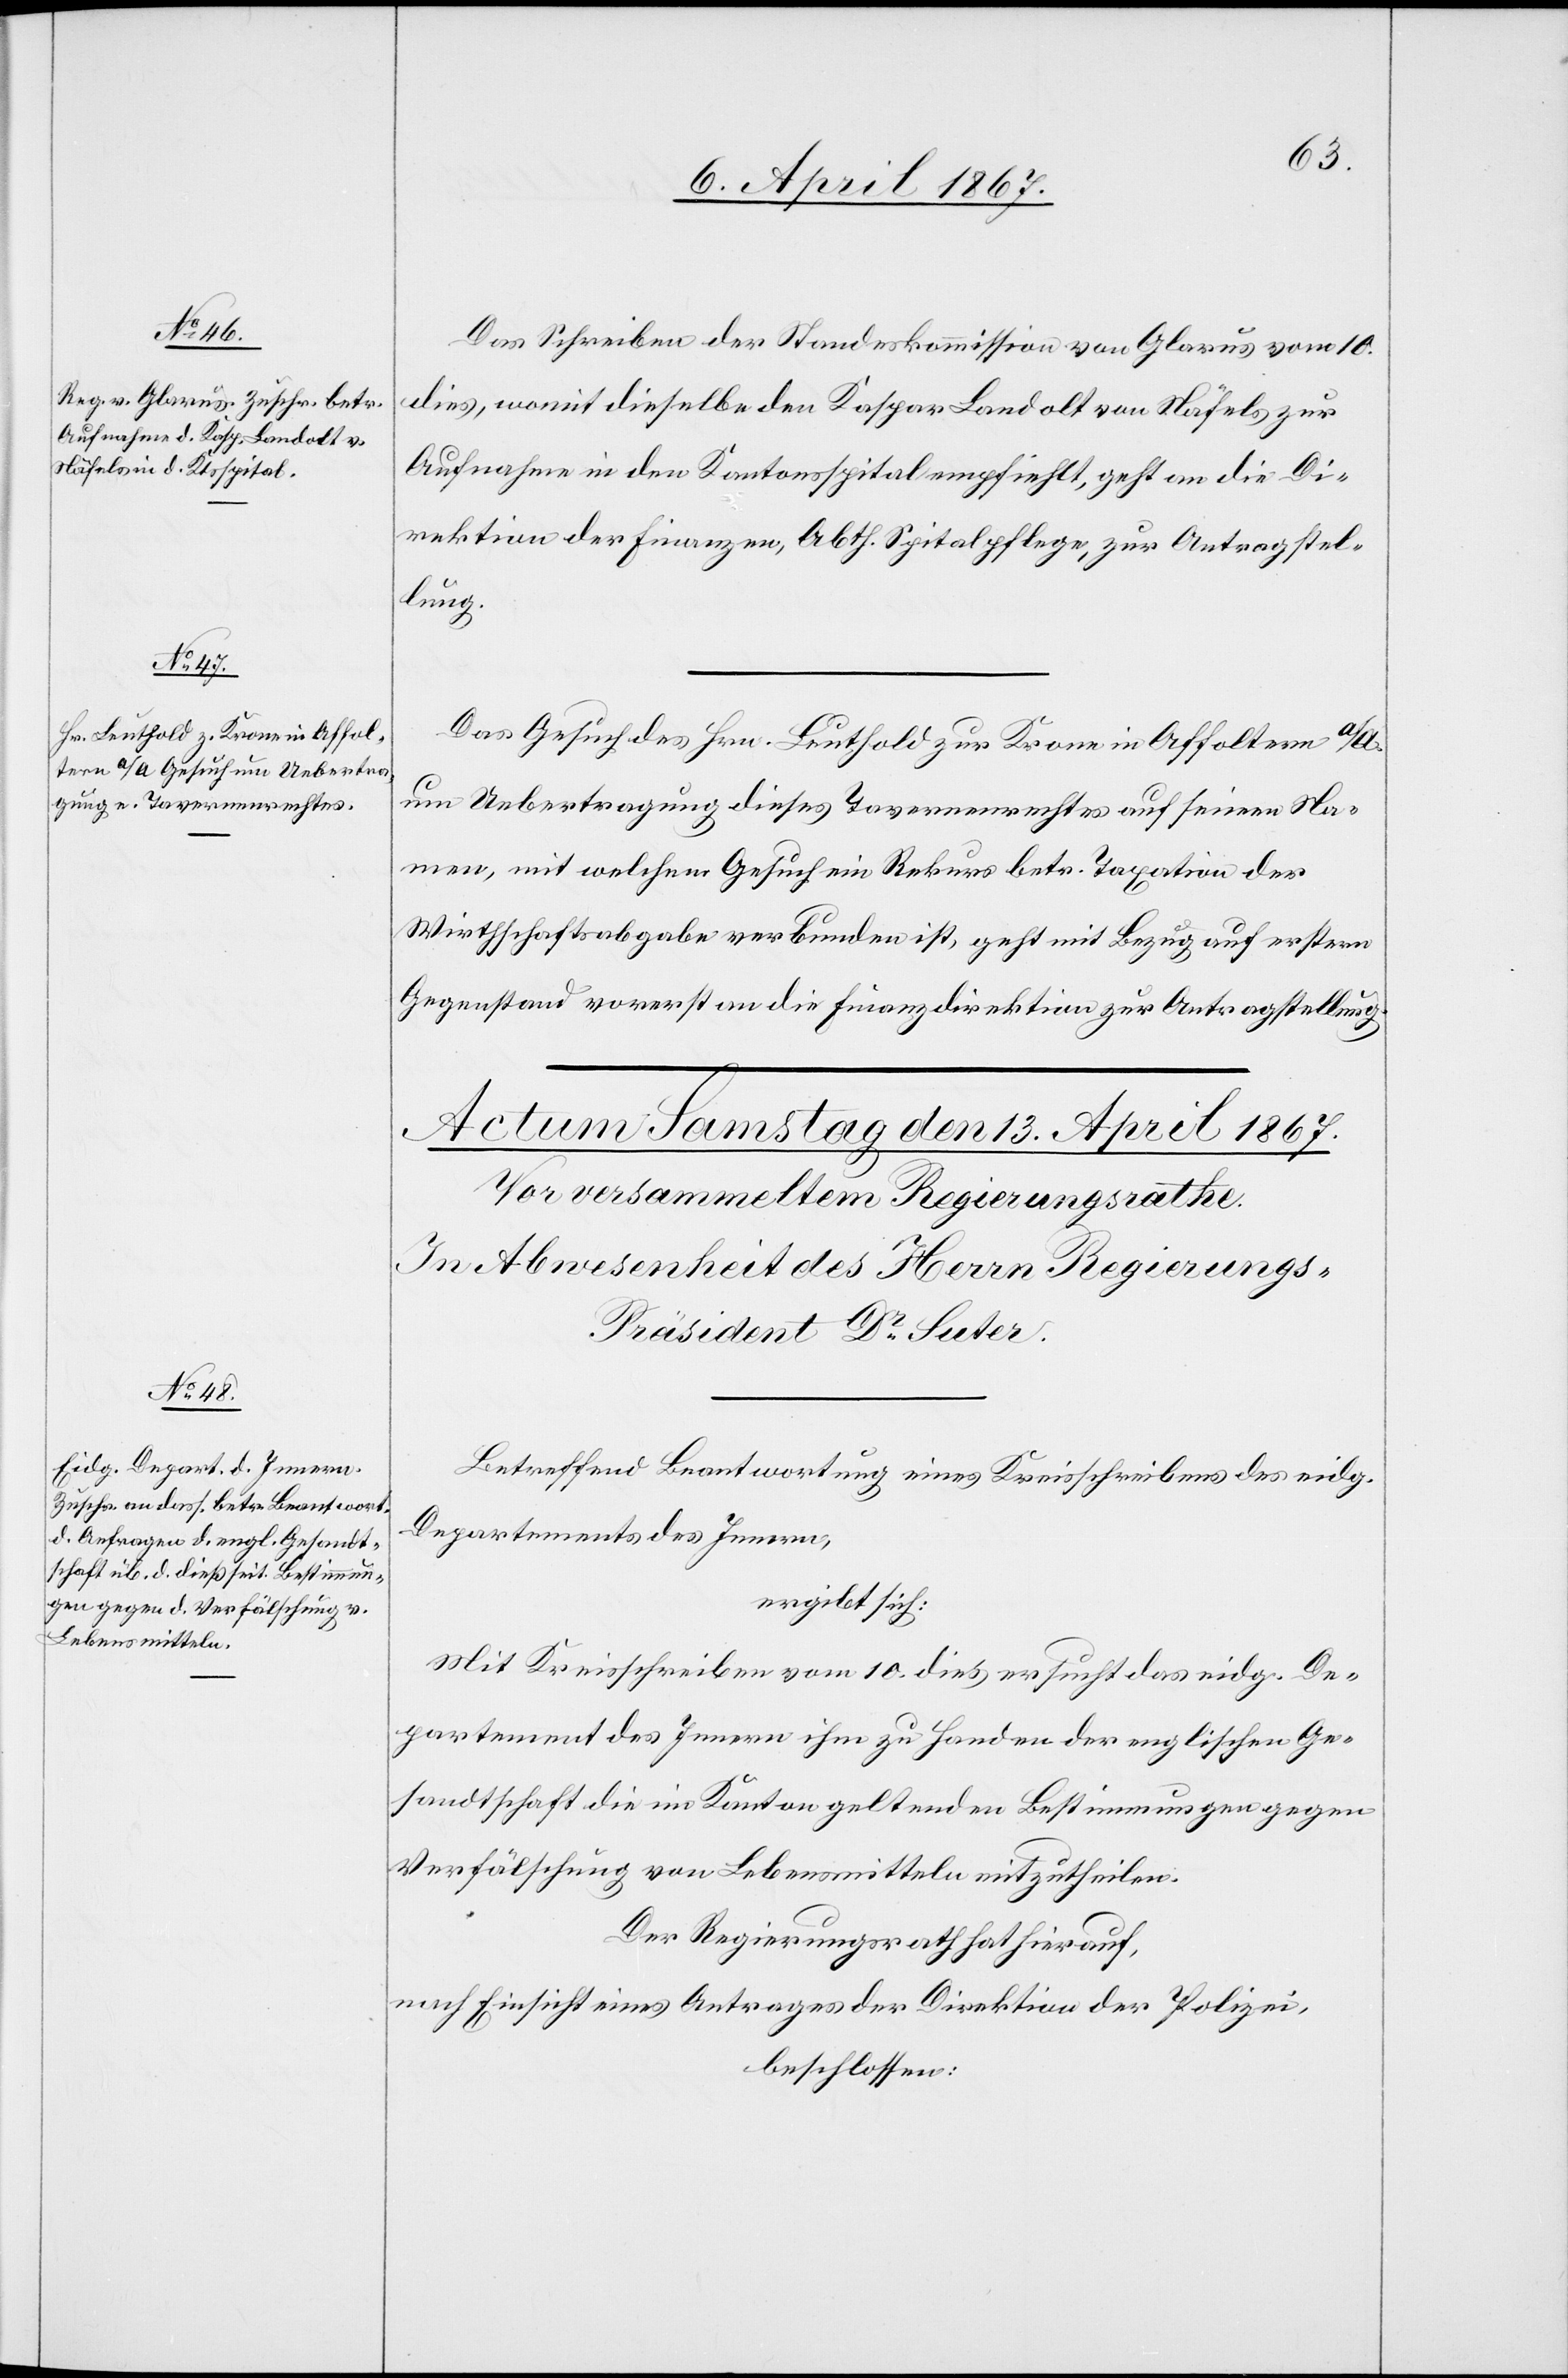
12. April 1867.]
Das Schreiben der Standeskommission von Glarus vom 10.
dies, womit dieselbe den Kaspar Landolt von Näfels zur
Aufnahme in den Kantonsspital empfiehlt, geht an die Di¬
rektion der Finanzen, Abth. Spitalpflege, zur Antragstel¬
lung.
Das Gesuch des Hrn. Leuthold zur Krone in Affoltern a/A
um Uebertragung dieses Tavernenrechtes auf seinen Na¬
men, mit welchem Gesuch ein Rekurs betr. Taxation der
Wirtschaftsabgabe verbunden ist, geht mit Bezug auf erstern
Gegenstand vorerst an die Finanzdirektion zur Antragstellung.
Betreffend Beantwortung eines Kreisschreibens des eidg.
Departements des Innern,
ergibt sich:
Mit Kreisschreiben vom 10. dieß ersucht das eidg. De¬
partement des Innern ihm zu Handen der englischen Ge¬
sandtschaft die im Kanton geltenden Bestimmungen gegen
Verfälschung von Lebensmitteln mitzutheilen.
Der Regierungsrath hat hierauf,
nach Einsicht eines Antrages der Direktion der Polizei,
beschlossen: